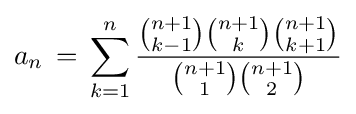
a_{n}\,=\,\sum _{k=1}^{n}{\frac {{\binom {n+1}{k-1}}{\binom {n+1}{k}}{\binom {n+1}{k+1}}}{{\binom {n+1}{1}}{\binom {n+1}{2}}}}